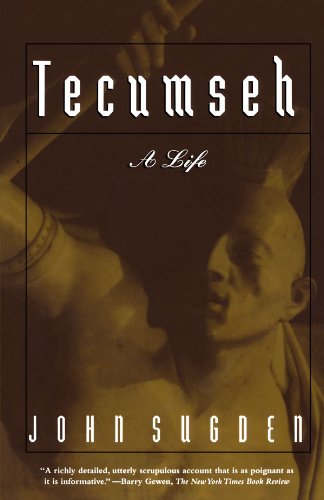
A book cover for Tecumseh: A Life; John Sugden; Biographies & Memoirs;